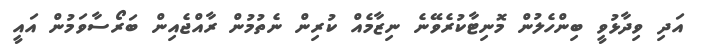
އަދި ވިދާޅުވީ ބިންހެލުން މޮނިޓާކުރެވޭނެ ނިޒާމެއް ކުރިން ނެތުމުން ރާއްޖެއިން ބަރޯސާވަމުން އައީ